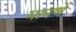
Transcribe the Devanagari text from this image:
मानणें